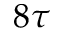
8 \tau